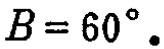
$B = 60^{\circ}.$